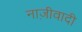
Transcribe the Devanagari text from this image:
नाज़ीवादी